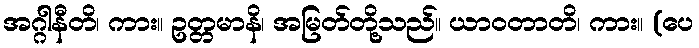
အဂ္ဂါနီတိ၊ ကား။ ဥတ္တမာနိ၊ အမြတ်တို့သည်။ ယာဝတာတိ၊ ကား။ (ပေ